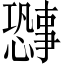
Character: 𫻐